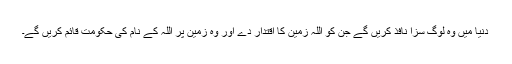
دنیا میں وہ لوگ سزا نافذ کریں گے جن کو اللہ زمین کا اقتدار دے اور وہ زمین پر اللہ کے نام کی حکومت قائم کریں گے۔